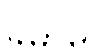
ခမာမိ